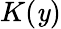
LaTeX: K(\mathit{y})